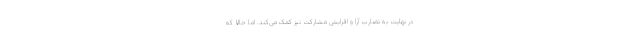
در نهایت به تضارب آرا و افزایش مشارکت نیز کمک می‌کند. اما حالا که